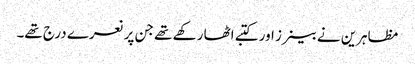
مظاہرین نے بینرز اور کتبے اٹھا رکھے تھے جن پر نعرے درج تھے۔